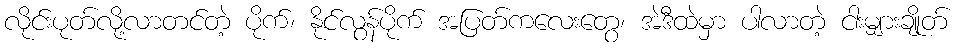
လိုင်းပုတ်လို့လာတင်တဲ့ ပိုက်၊ နိုင်လွန်ပိုက် အပြတ်ကလေးတွေ၊ အဲဒီထဲမှာ ပါလာတဲ့ ငါးမျှားချိုတ်